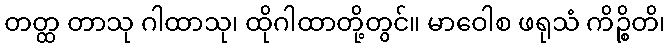
တတ္ထ တာသု ဂါထာသု၊ ထိုဂါထာတို့တွင်။ မာဝေါစ ဖရုသံ ကိဉ္စိတိ၊